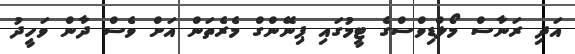
އަދި ރަނާސް މޯލްޑިވްސްގެ ޓީމުގައި ޕިނޭންގް މެރެތަން އަށް ވެސް ދާން ވަހީދު